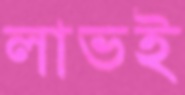
লাভই